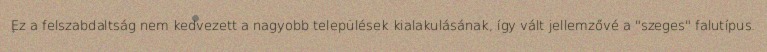
Ez a felszabdaltság nem kedvezett a nagyobb települések kialakulásának, így vált jellemzővé a "szeges" falutípus.